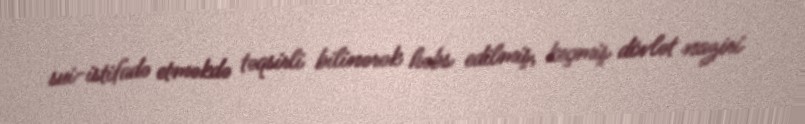
sui-istifadə etməkdə təqsirli bilinərək həbs edilmiş, keçmiş dövlət naziri